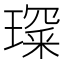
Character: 𤨺